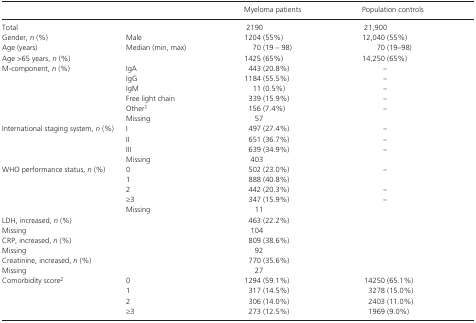
<table><thead><tr><td></td><td></td><td><b>Myeloma patients</b></td><td><b>Population controls</b></td></tr></thead><tbody><tr><td>Total</td><td></td><td>2190</td><td>21,900</td></tr><tr><td>Gender, <i>n</i> (%)</td><td>Male</td><td>1204 (55%)</td><td>12,040 (55%)</td></tr><tr><td>Age (years)</td><td>Median (min, max)</td><td>70 (19 – 98)</td><td>70 (19–98)</td></tr><tr><td>Age &gt;65 years, <i>n</i> (%)</td><td></td><td>1425 (65%)</td><td>14,250 (65%)</td></tr><tr><td>M‐component, <i>n</i> (%)</td><td>IgA</td><td>443 (20.8%)</td><td>–</td></tr><tr><td></td><td>IgG</td><td>1184 (55.5%)</td><td>–</td></tr><tr><td></td><td>IgM</td><td>11 (0.5%)</td><td>–</td></tr><tr><td></td><td>Free light chain</td><td>339 (15.9%)</td><td>–</td></tr><tr><td></td><td>Othera</td><td>156 (7.4%)</td><td>–</td></tr><tr><td></td><td>Missing</td><td>57</td><td></td></tr><tr><td>International staging system, <i>n</i> (%)</td><td>I</td><td>497 (27.4%)</td><td>–</td></tr><tr><td></td><td>II</td><td>651 (36.7%)</td><td>–</td></tr><tr><td></td><td>III</td><td>639 (34.9%)</td><td>–</td></tr><tr><td></td><td>Missing</td><td>403</td><td></td></tr><tr><td>WHO performance status, <i>n</i> (%)</td><td>0</td><td>502 (23.0%)</td><td>–</td></tr><tr><td></td><td>1</td><td>888 (40.8%)</td><td></td></tr><tr><td></td><td>2</td><td>442 (20.3%)</td><td>–</td></tr><tr><td></td><td>≥3</td><td>347 (15.9%)</td><td>–</td></tr><tr><td></td><td>Missing</td><td>11</td><td></td></tr><tr><td>LDH, increased, <i>n</i> (%)</td><td></td><td>463 (22.2%)</td><td></td></tr><tr><td>Missing</td><td></td><td>104</td><td></td></tr><tr><td>CRP, increased, <i>n</i> (%)</td><td></td><td>809 (38.6%)</td><td></td></tr><tr><td>Missing</td><td></td><td>92</td><td></td></tr><tr><td>Creatinine, increased, <i>n</i> (%)</td><td></td><td>770 (35.6%)</td><td></td></tr><tr><td>Missing</td><td></td><td>27</td><td></td></tr><tr><td>Comorbidity scoreb</td><td>0</td><td>1294 (59.1%)</td><td>14250 (65.1%)</td></tr><tr><td></td><td>1</td><td>317 (14.5%)</td><td>3278 (15.0%)</td></tr><tr><td></td><td>2</td><td>306 (14.0%)</td><td>2403 (11.0%)</td></tr><tr><td></td><td>≥3</td><td>273 (12.5%)</td><td>1969 (9.0%)</td></tr></tbody></table>